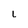
Character: 1